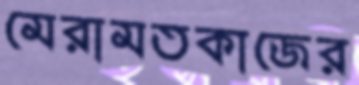
মেরামতকাজের